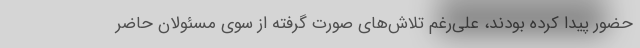
حضور پیدا کرده بودند، علی‌رغم تلاش‌های صورت گرفته از سوی مسئولان حاضر